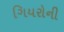
ગિયરોની